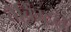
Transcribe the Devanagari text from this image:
बैबिंग्टन